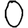
Digit: 0